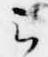
云